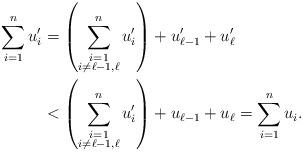
LaTeX: \begin{align*}\sum_{i=1}^n u'_i & = \left( \sum_{\substack{i=1 \\ i \neq \ell-1, \ell}}^n u'_i \right) + u'_{\ell-1} + u'_{\ell} \\& < \left( \sum_{\substack{i=1 \\ i \neq \ell-1, \ell}}^n u'_i \right) + u_{\ell-1} + u_{\ell} = \sum_{i=1}^n u_i.\end{align*}